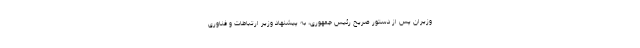
وزیران پس از دستور صریح رئیس جمهوری، به پیشنهاد وزیر ارتباطات و فناوری